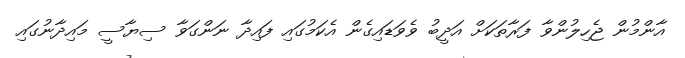
އާންމުން ޖެހިލުންވާ ފަރާތަކަށް އަދީބު ވެވަޑައިގެން އެކަމުގައި ފައިދާ ނަންގަވާ ސިޔާސީ މައިދާނުގައި